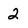
Character: 2